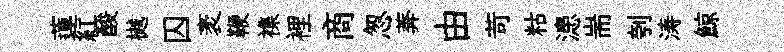
蓮紅酸樾囚袤鞭襍裡商怱莾由苛䊀漶耑刳涛鯨